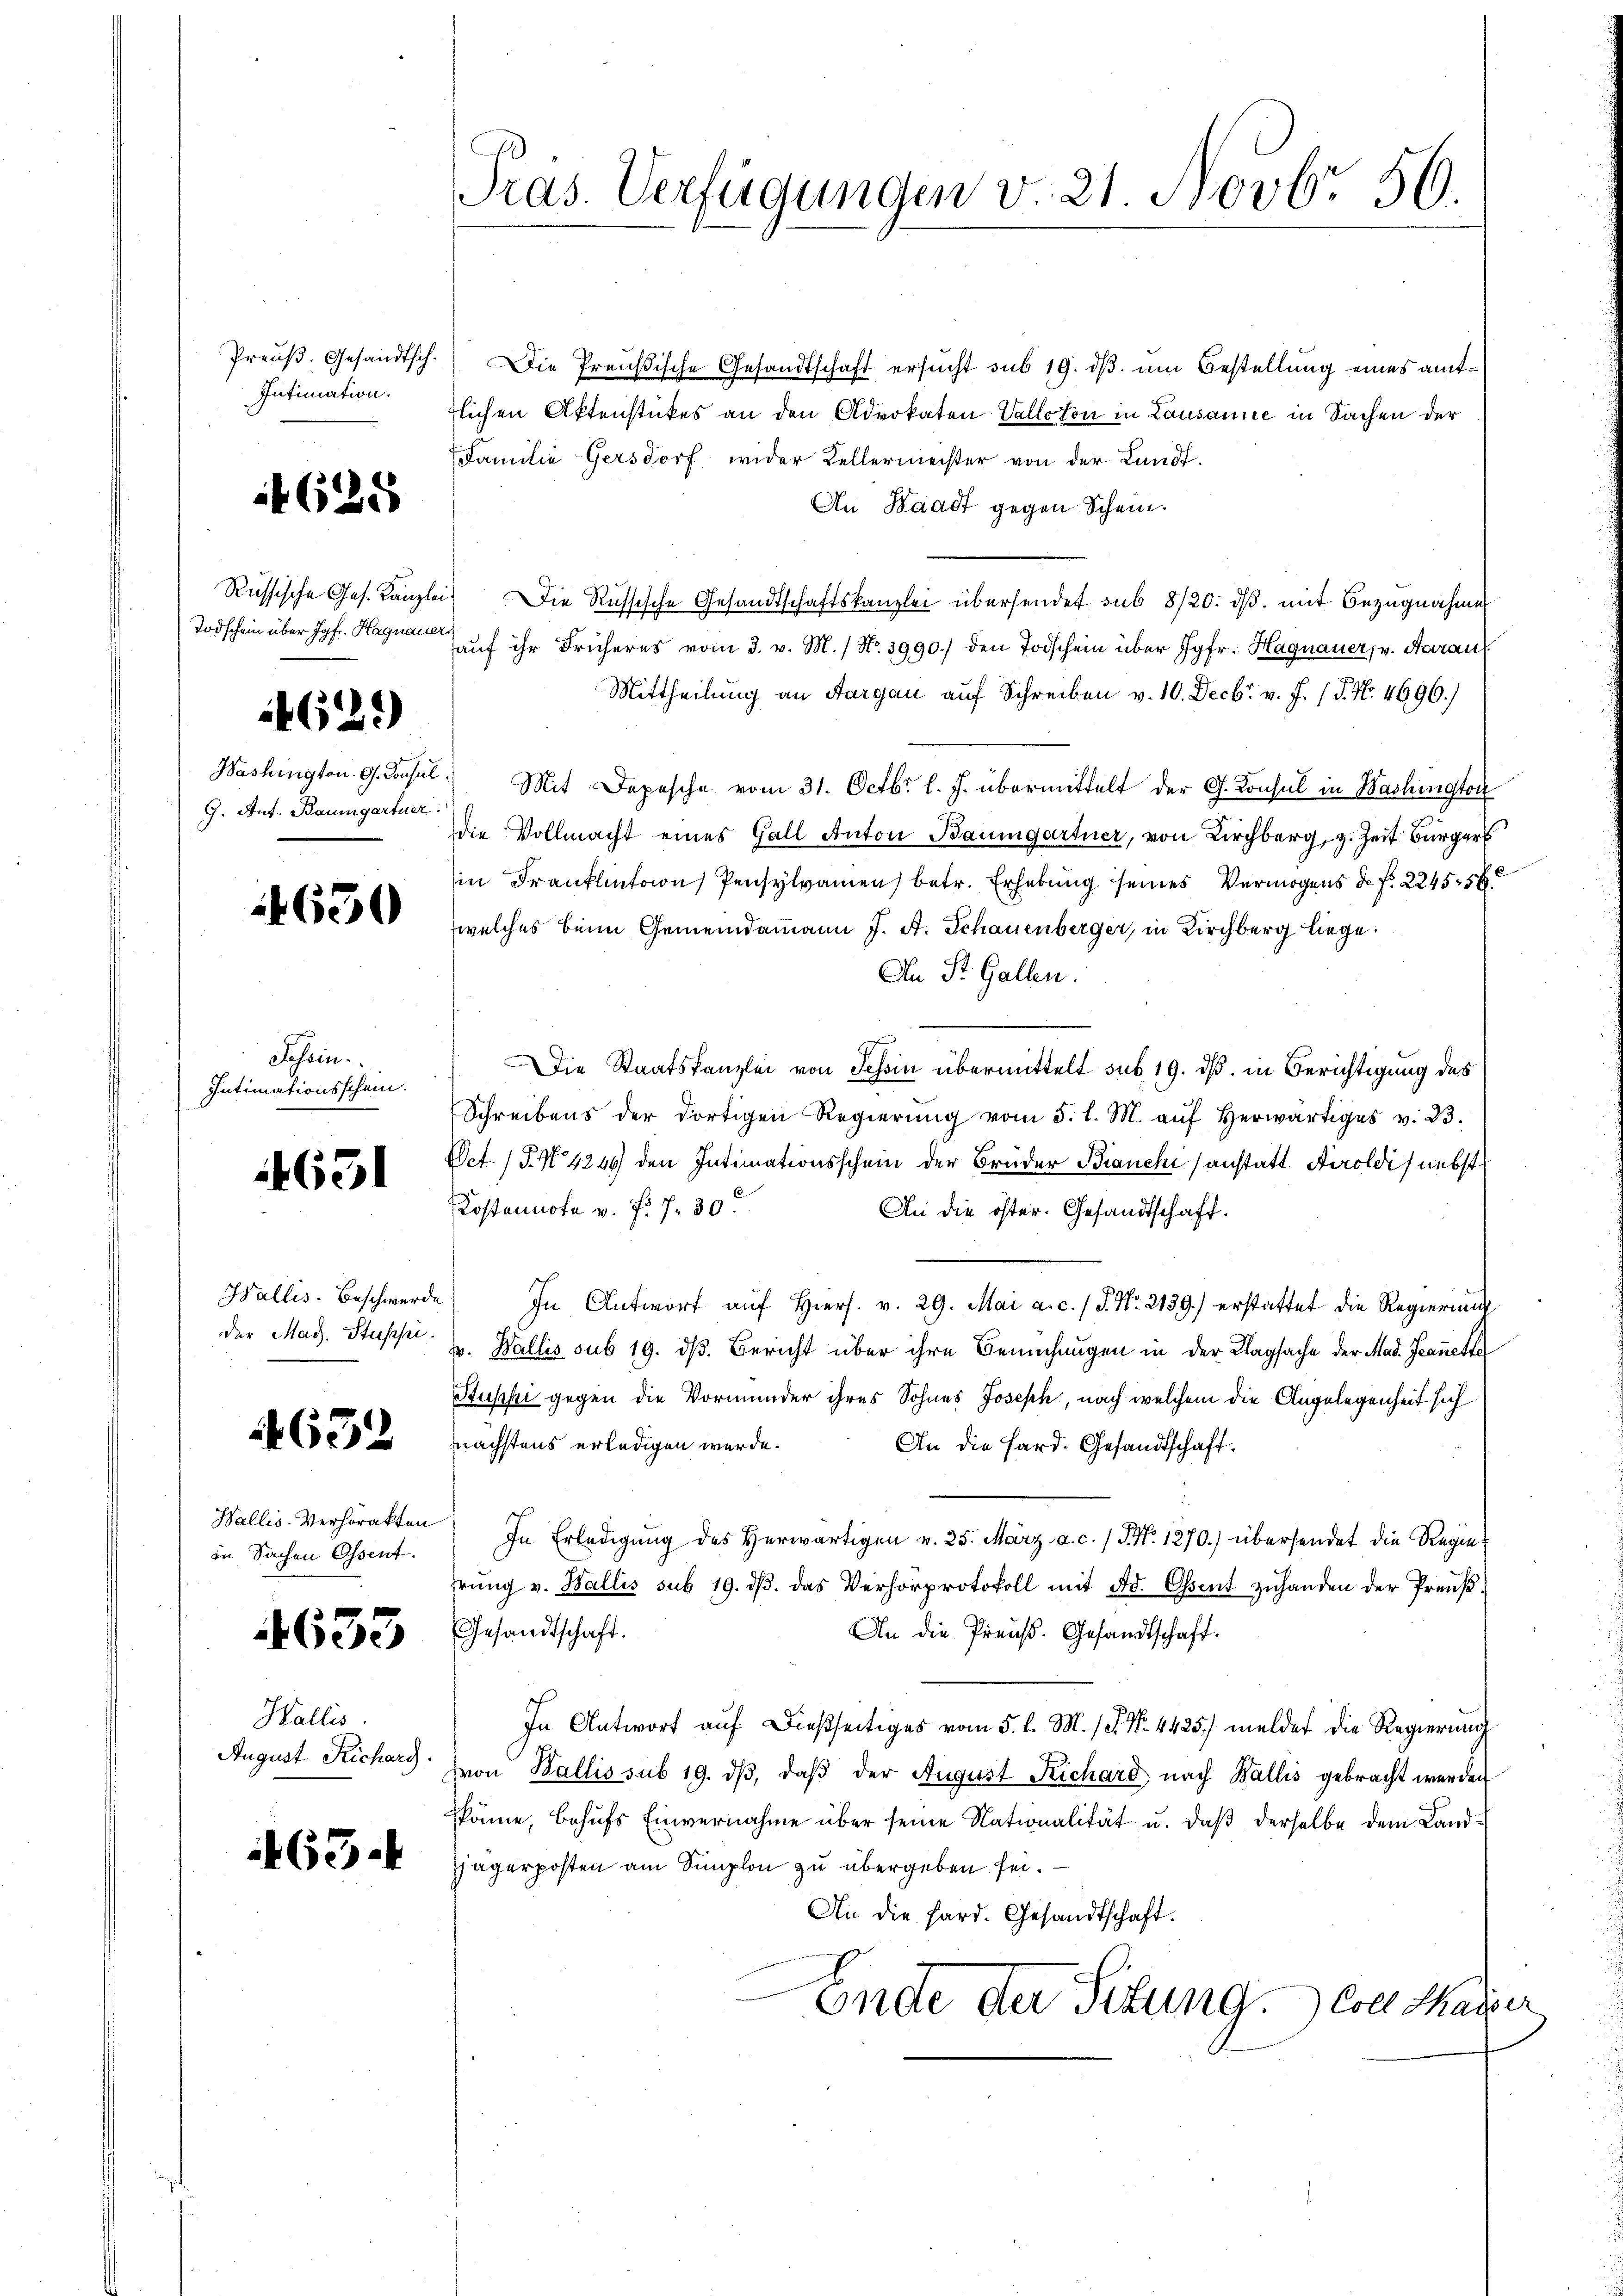
Preuß. Gesandtsch.
Intimation.

4625

Todschein über Jgfr. Hagnauers
462.)
9. Ant. Baumgartner

4630

Tessin.
Intimationsschein.

651

dder Mad. Stupsi.

4632

Wallis-Verhörakten
in Sachen Ossent.

4633

Wallis.
August Richarg.

465.

Präs. Verfügungen v. 21. Novbr. 56.

Die Preußische Gesandtschaft ersucht sub 19. dβ. um Bestellung eines amttlichen Aktenstückes an den Advokaten Valloton in Lausanne in Sachen der
Familie Gersdorf wider Kellermeister von der Landf.
An Waadt gegen Schein.
Russische Ges. Kanzlei. Die Russische Gesandtschaftskanzlei übersendet sub 8/20. dβ. mit Bezugnahmen
aŭf ihr Früheres vom 3. v. M. / No. 3990.) den Todschein über Jgfr. Hagnauer, v. Aarau
Mittheilung an Aargau auf Schreiben v. 10. Decb. v. J. (T. No. 4696.)
Washington G. Consul Mit Depesche vom 31. Octbr. l. J. übermittelt der G. Konsul in Washington
die Vollmacht eines Gall Anton Baumgartner, von Kirchberg, z. Zeit Bürger
in Franklinton Pensylvamen) betr. Erhebung seines Vermögens de f. 22455.
welches beim Gemeindammann J. A. Schauenberger, in Kirchberg liege.
An St. Gallen.
Die Staatskanzlei von Schin übermittelt sub 19. dß. in Berichtigung des
Schreibens der dortigen Regierŭng vom 5. l. M. aŭf herwärtiges v. 23.
Oct. (T. N. 4249 den Intimationsschein der Brüder Bianchi sanstatt Airoldi, nebst
Kostennote v. P. 7. 30.
An die öster. Gesandtschaft.
Wallis Beschwerde. In Antwort aŭf hiers. v. 29. Mai a. c. 1 S. Nr. 2139.) erstattet die Regierung
v. Wallis sub 19. dß. Bericht über ihre Bemühungen in der Klagsache der Mad. Jeanette
Stupsi gegen die Vormunder ihres Sohnes Joseph, nach welchem die Angelegenheit sich
nächstens erledigen werde.
An die Hard. Gesandtschaft.
In Erledigung des Herwärtigen v. 25. März a. c. / P. Nr. 1270.) übersendet die Regiehrŭng v. Wallis sub 19. dβ. das Verhörprotokoll mit Ad. Osent zŭhanden der Preuß.
Gesandtschaft.
An die Preuß. Gesandtschaft.
In Antwort auf dießseitiges vom 5. d. M. P. Nr. 4425) meldet die Regierung
von Wallis sub 19. dβ, daβ der August Richard nach Wallis gebracht werden
käme, behufs Einvernahme über seine Nationalität u. daß derselbe dem Land¬
Hagerposten am Simplon zu übergeben sei.
Ai die Hard. Gesandtschaft.
Ende der Sitzung. — Coll Mayer